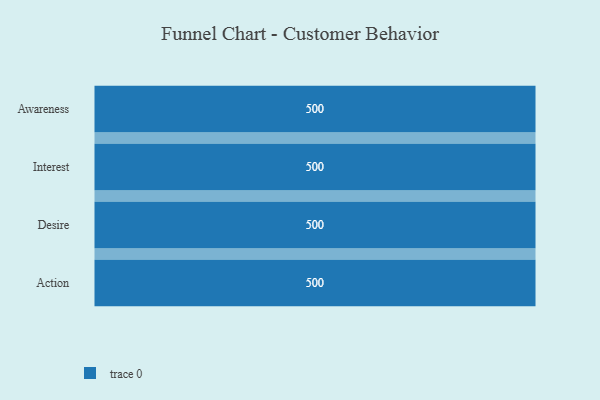
{"axis": {"x": "Stage", "y": "Value"}, "legend": [""], "data": [{"x": "Awareness", "y": 500, "type": ""}, {"x": "Interest", "y": 500, "type": ""}, {"x": "Desire", "y": 500, "type": ""}, {"x": "Action", "y": 500, "type": ""}]}